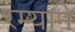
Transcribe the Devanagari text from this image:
रम्याने